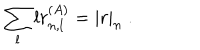
\sum _ { l } l r _ { n , l } ^ { ( A ) } = | r | _ { n } ~ .